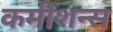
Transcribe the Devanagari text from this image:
कमीशन्स